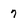
Character: 7